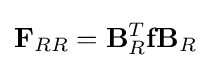
\mathbf {F} _{RR}=\mathbf {B} _{R}^{T}\mathbf {f} \mathbf {B} _{R}